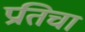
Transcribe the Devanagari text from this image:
प्रतिचा